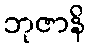
ဘုဇာနိ